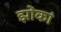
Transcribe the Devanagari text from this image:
झोंकां